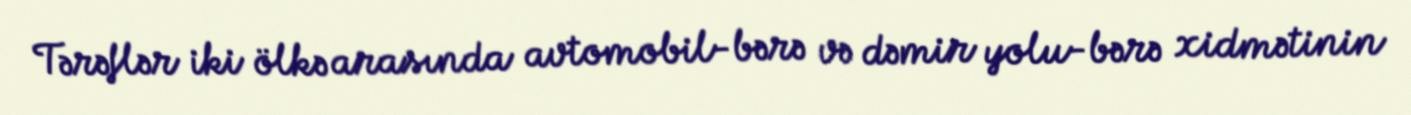
Tərəflər iki ölkə arasında avtomobil-bərə və dəmir yolu-bərə xidmətinin